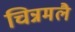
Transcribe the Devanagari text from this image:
चिन्नमलै